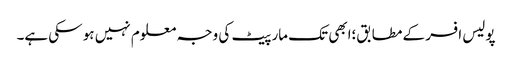
پولیس افسر کے مطابق؛ابھی تک مار پیٹ کی وجہ معلوم نہیں ہو سکی ہے۔